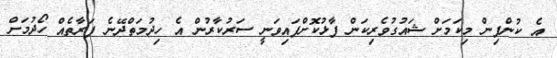
އެ ކުންފިން މިކަމަށް ޝައުގުވެރިކަން ފާޅުކޮށްފައިވަނީ ސަރުކާރުން އެ ހިދުމަތްދޭނެ ފަރާތެއް ހޯދުމަށް